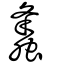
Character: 𧒒